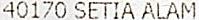
40170 SETIA ALAM